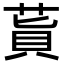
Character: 𦵊